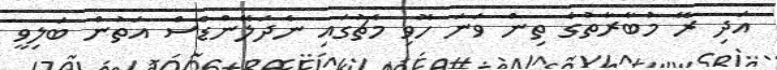
އަދި ރޭ މުބާރާތުގެ ތިން ވަނަ ހޮވި މެޗުގައި ނެދަލޭންޑްސް އަތުން ބަލިވީ